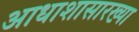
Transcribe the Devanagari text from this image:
आधाशासारख्या